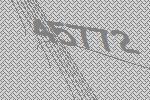
45772